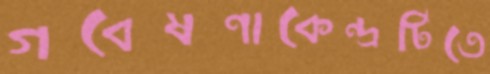
গবেষণাকেন্দ্রটিতে